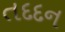
તદદન